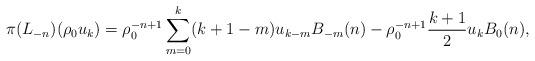
LaTeX: \begin{gather*}\pi(L_{-n})(\rho_0 u_k)=\rho_0^{-n+1}\sum\limits_{m=0}^{k}(k+1-m)u_{k-m}B_{-m}(n)-\rho_0^{-n+1}\frac{k+1}{2}u_kB_0(n),\end{gather*}